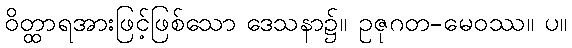
ဝိတ္ထာရအားဖြင့်ဖြစ်သော ဒေသနာ၌။ ဥဇုဂတ-မေဝဿ။ ပ။